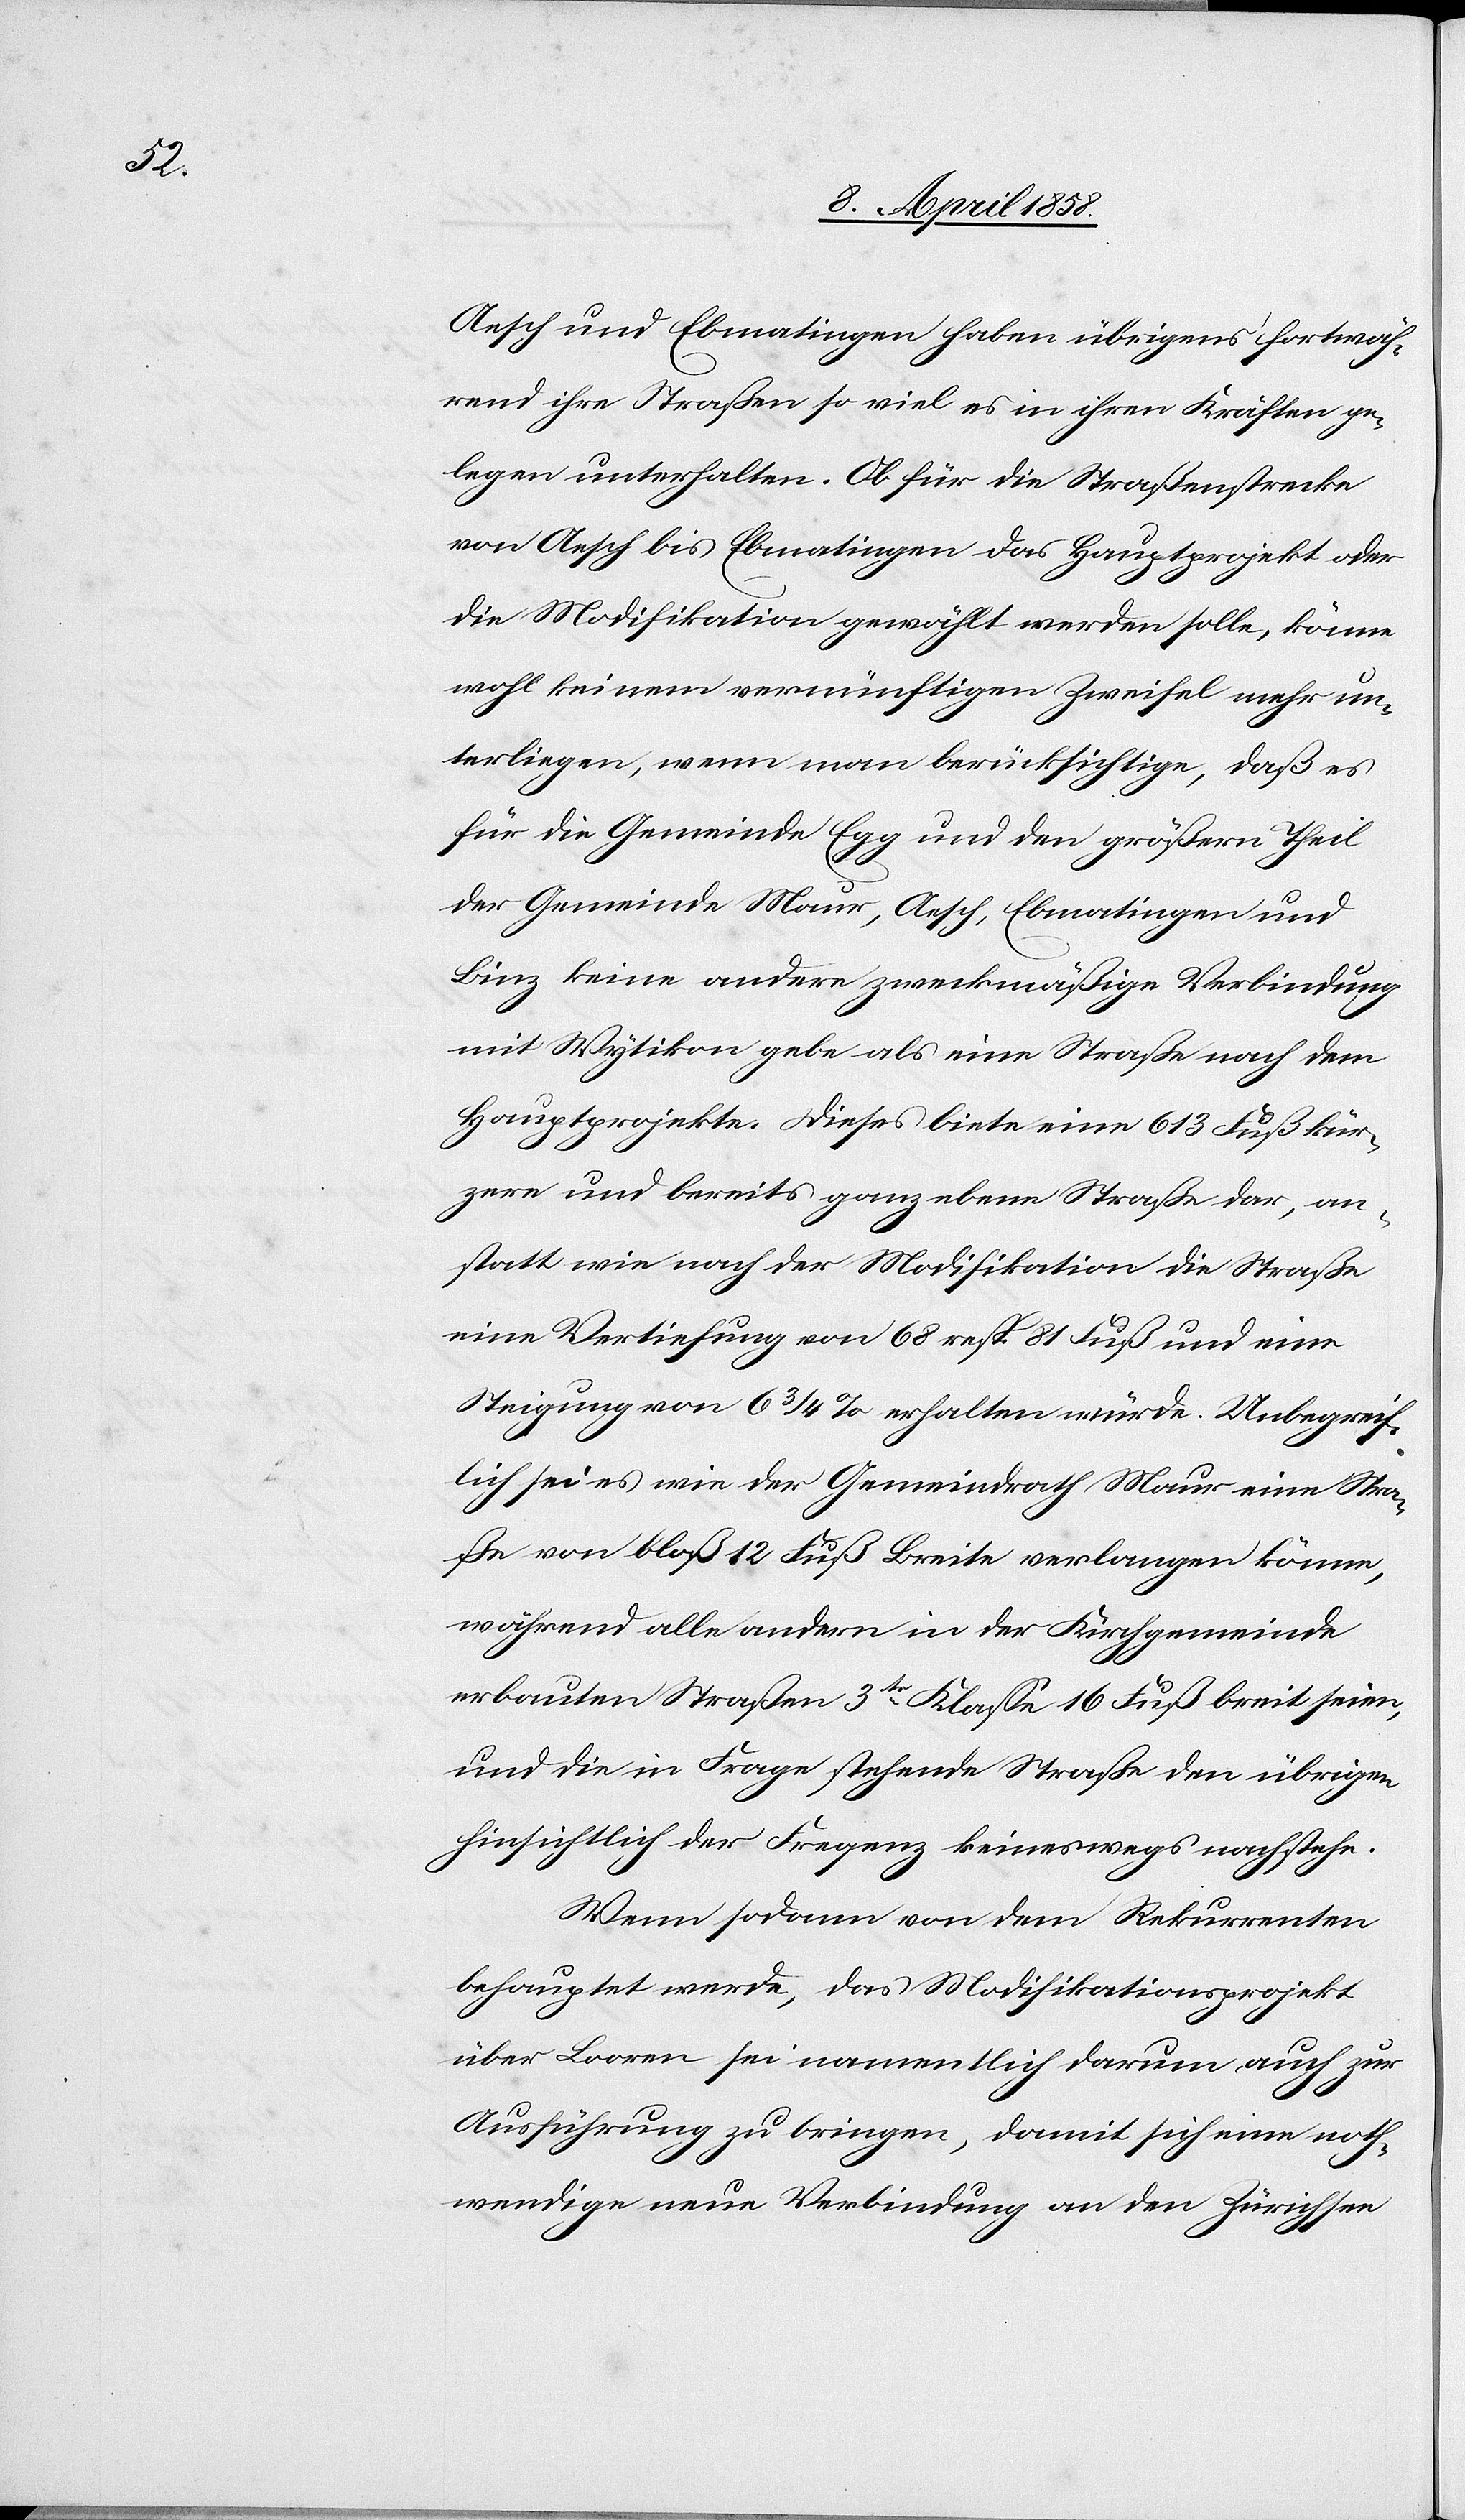
Aesch und Ebmatingen haben übrigens fortwäh¬
rend ihre Straßen so viel es in ihren Kräften ge¬
legen unterhalten. Ob für die Straßenstrecke
von Aesch bis Ebmatingen das Hauptprojekt oder
die Modifikation gewählt werden solle, könne
wohl keinem vernünftigen Zweifel mehr un¬
terliegen, wenn man berücksichtige, daß es
für die Gemeinde Egg und den größern Theil
der Gemeinde Maur, Aesch, Ebmatingen und
Binz keine andere zweckmäßige Verbindung
mit Wytikon gebe als eine Straße nach dem
Hautprojekte. Dieses biete eine 613 Fuß kür¬
zere und bereits ganz ebene Straße dar, an¬
statt wie nach der Modifikation die Straße
eine Vertiefung von 68 resp. 81 Fuß und eine
Steigung von 63/4% erhalten würde. Unbegreif¬
lich sei es wie der Gemeindrath Maur eine Stra¬
ße von bloß 12 Fuß Breite verlangen könne,
während alle andern in der Kirchgemeinde
erbauten Straßen 3tr Klasse 16 Fuß breit seien,
und die in Frage stehende Straße den übrigen
hinsichtlich der Frequenz keineswegs nachstehe.
Wenn sodann von dem Rekurrenten
behauptet werde, das Modifikationsprojekt
über Looren sei namentlich darum auch zur
Ausführung zu bringen, damit sich eine noth¬
wendige neue Verbindung an den Zürichsee